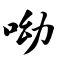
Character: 呦